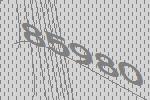
85980